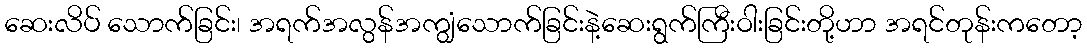
ဆေးလိပ် သောက်ခြင်း၊ အရက်အလွန်အကျွံသောက်ခြင်းနဲ့ဆေးရွက်ကြီးဝါးခြင်းတို့ဟာ အရင်တုန်းကတော့